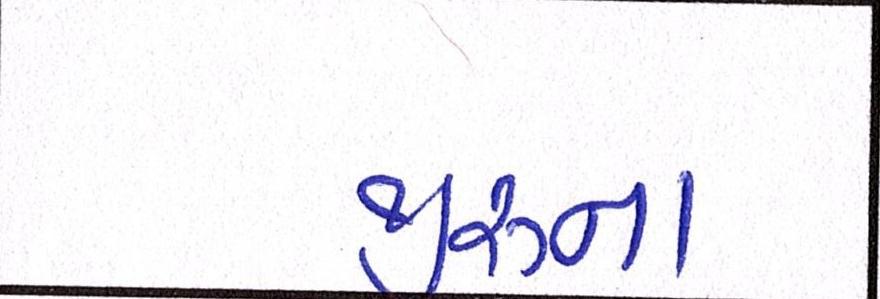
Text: જીરુના